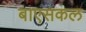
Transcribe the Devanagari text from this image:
बाएसकल